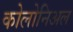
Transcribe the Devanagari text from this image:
कोलोनिअल